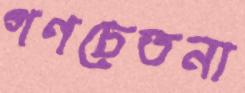
গণচেতনা